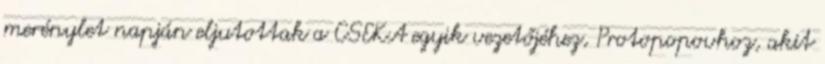
merénylet napján eljutottak a CSEKA egyik vezetőjéhez, Protopopovhoz, akit